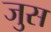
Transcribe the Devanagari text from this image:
जुस